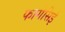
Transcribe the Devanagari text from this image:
फागेसिई